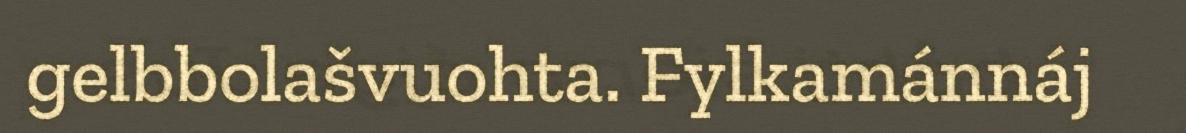
gelbbolašvuohta. Fylkamánnáj